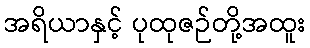
အရိယာနှင့် ပုထုဇဉ်တို့အထူး